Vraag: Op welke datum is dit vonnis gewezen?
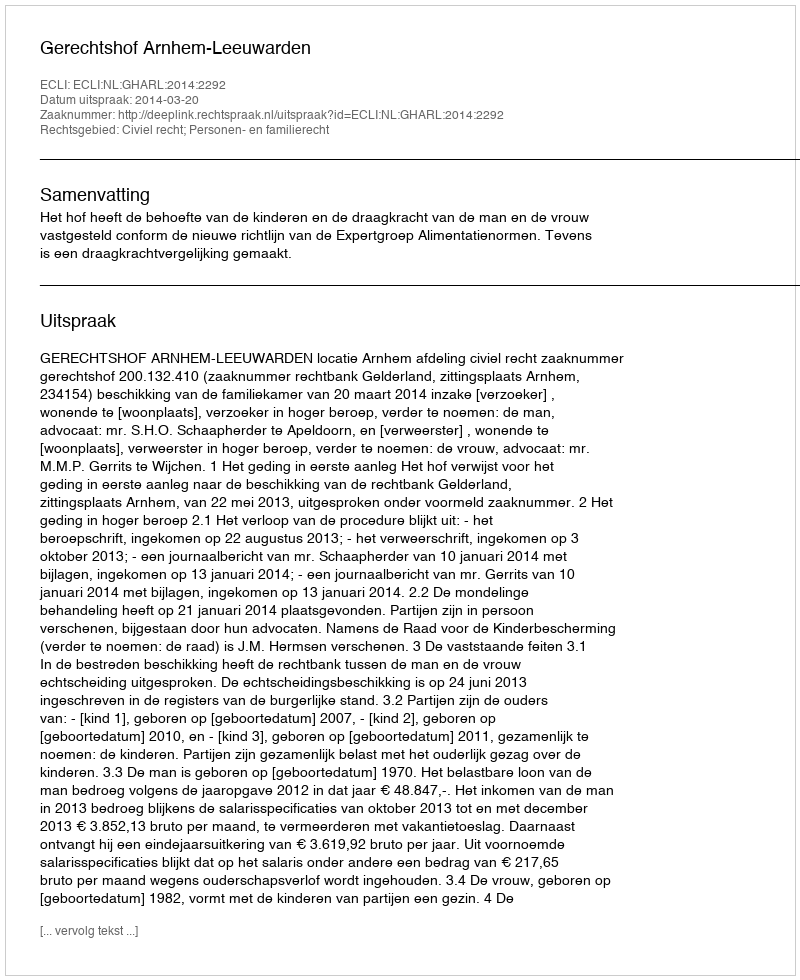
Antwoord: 2014-03-20